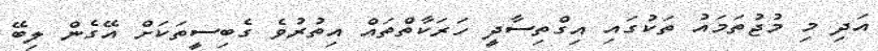
އަދި މި މުޖުތަމައު ތަކުގައި އިގްތިސާދީ ހަރަކާތްތައް އިތުރުވެ ގެބިސީތަކަށް އޭގެން ލިބޭ